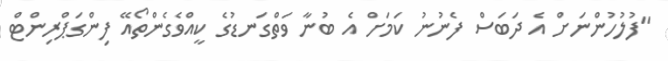
"ފުލުހުންނަށް އެ ދަބަސް ފެނުނު ކަމަށް އެ ބުނާ ވަތްގަނޑުގެ ކީއްވެގެންތޯއޭ ފިންގަޕްރިންޓް